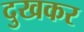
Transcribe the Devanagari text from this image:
दुखकर